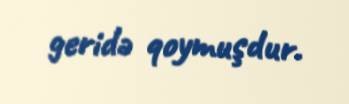
geridə qoymuşdur.